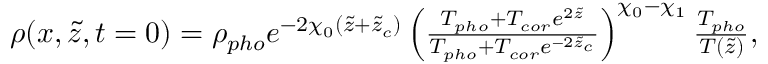
\begin{array} { r } { \rho ( x , \tilde { z } , t = 0 ) = \rho _ { p h o } e ^ { - 2 \chi _ { 0 } ( \tilde { z } + \tilde { z } _ { c } ) } \left( \frac { T _ { p h o } + T _ { c o r } e ^ { 2 \tilde { z } } } { T _ { p h o } + T _ { c o r } e ^ { - 2 \tilde { z } _ { c } } } \right) ^ { \chi _ { 0 } - \chi _ { 1 } } \frac { T _ { p h o } } { T ( \tilde { z } ) } , } \end{array}